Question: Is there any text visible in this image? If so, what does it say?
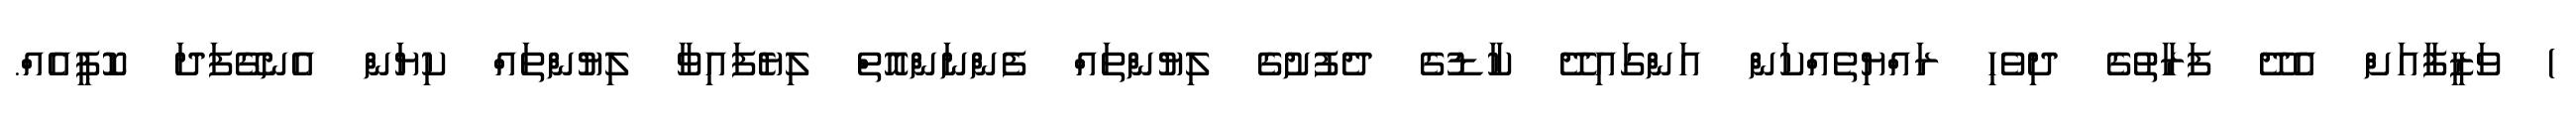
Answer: ) ވަޒީފާއަށް އެދޭ ފަރާތުގެ ދިވެހި ރައްޔިތެއްކަން އަންގައިދޭ ކާޑުގެ ދެފުށުގެ ލިޔުންތައް ފެންނަންއޮތް ލިޔެފައިވާ ލިޔުންތައް ކިޔަން އެނގޭފަދަ ކޮޕީއެއް.